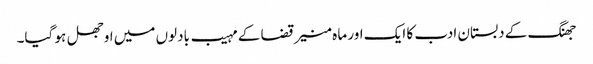
جھنگ کے دبستان ادب کا ایک اور ما ہ منیر قضا کے مہیب بادلوں میں اوجھل ہو گیا۔